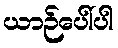
ယာဉ်ပေါ်ပါ